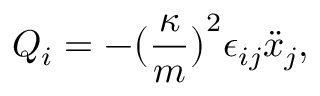
Q _ { i } = - \big ( \frac { \kappa } { m } \big ) ^ { 2 } \epsilon _ { i j } \ddot { x } _ { j } ,